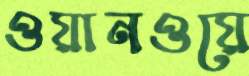
ওয়ানওয়ে